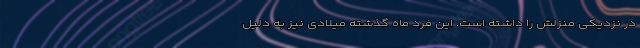
در نزدیکی منزلش را داشته است. این فرد ماه گذشته میلادی نیز به دلیل